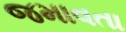
જમાવતા